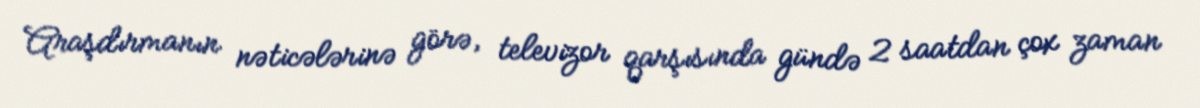
Araşdırmanın nəticələrinə görə, televizor qarşısında gündə 2 saatdan çox zaman